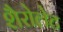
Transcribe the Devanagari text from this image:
शैरोलेट